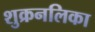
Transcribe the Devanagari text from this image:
शुक्रनलिका